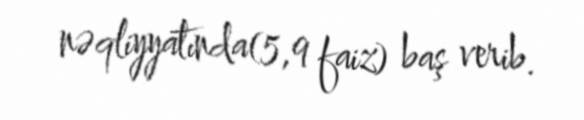
nəqliyyatında(5,9 faiz) baş verib.